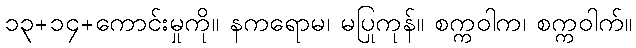
၁၃+၁၄+ကောင်းမှုကို။ နကရောမ၊ မပြုကုန်။ စက္ကဝါက၊ စက္ကဝါက်။